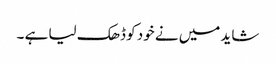
شاید میں نے خود کو ڈھک لیا ہے ۔